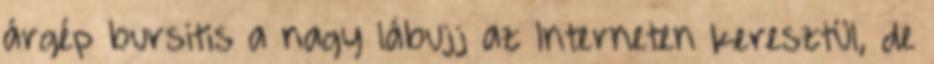
árgép bursitis a nagy lábujj az Interneten keresztül, de